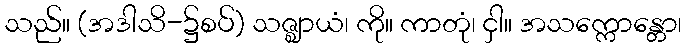
သည်။ (အဒါသိ-၌စပ်) သဇ္ဈာယံ၊ ကို။ ကာတုံ၊ ငှါ။ အသက္ကောန္တော၊